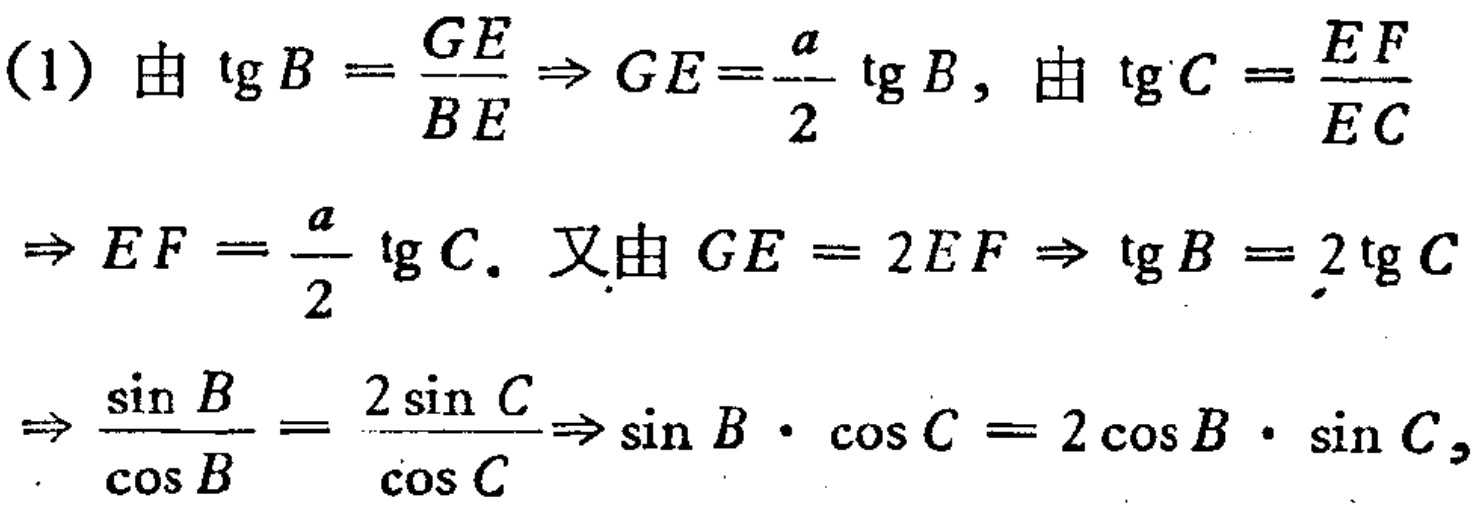
(1) 由 $\mathrm{tg}B = \frac{GE}{BE} \Rightarrow GE = \frac{a}{2} \mathrm{tg}B$, 由 $\mathrm{tg}C = \frac{EF}{EC}$
$\Rightarrow EF = \frac{a}{2} \mathrm{tg}C$. 又由 $GE = 2EF \Rightarrow \mathrm{tg}B = 2\mathrm{tg}C$
$\Rightarrow \frac{\sin B}{\cos B} = \frac{2\sin C}{\cos C} \Rightarrow \sin B \cdot \cos C = 2\cos B \cdot \sin C$,